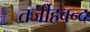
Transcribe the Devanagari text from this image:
तर्जीहबन्द